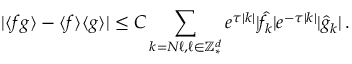
| \langle f g \rangle - \langle f \rangle \langle g \rangle | \leq C \sum _ { k = N \ell , \ell \in \ensuremath { \mathbb { Z } ^ { d } } _ { * } } e ^ { \tau | k | } | \widehat f _ { k } | e ^ { - \tau | k | } | \widehat g _ { k } | \, .